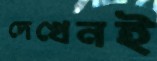
দেখেনই